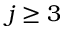
j \ge 3